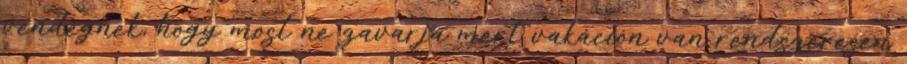
vendégnek, hogy most ne zavarja mert vakáción van rendszeresen